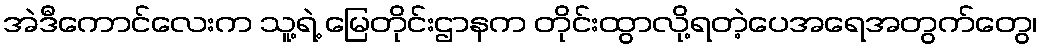
အဲဒီကောင်လေးက သူ့ရဲ့ မြေတိုင်းဌာနက တိုင်းထွာလို့ရတဲ့ပေအရေအတွက်တွေ၊